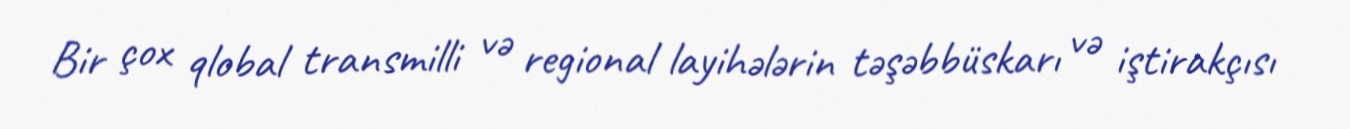
Bir çox qlobal transmilli və regional layihələrin təşəbbüskarı və iştirakçısı